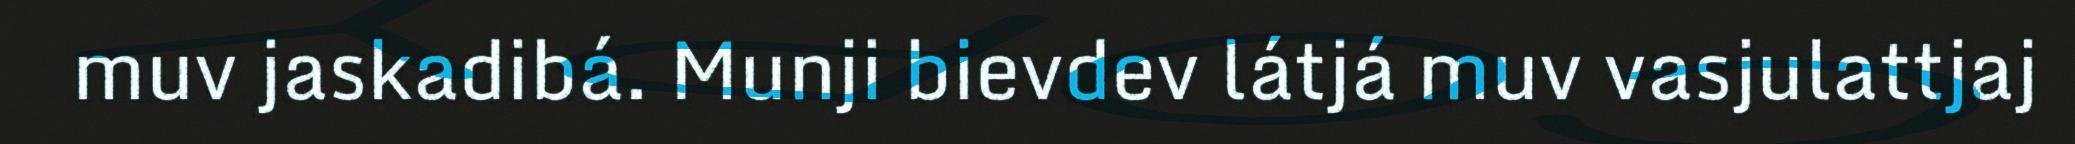
muv jaskadibá. Munji bievdev látjá muv vasjulattjaj